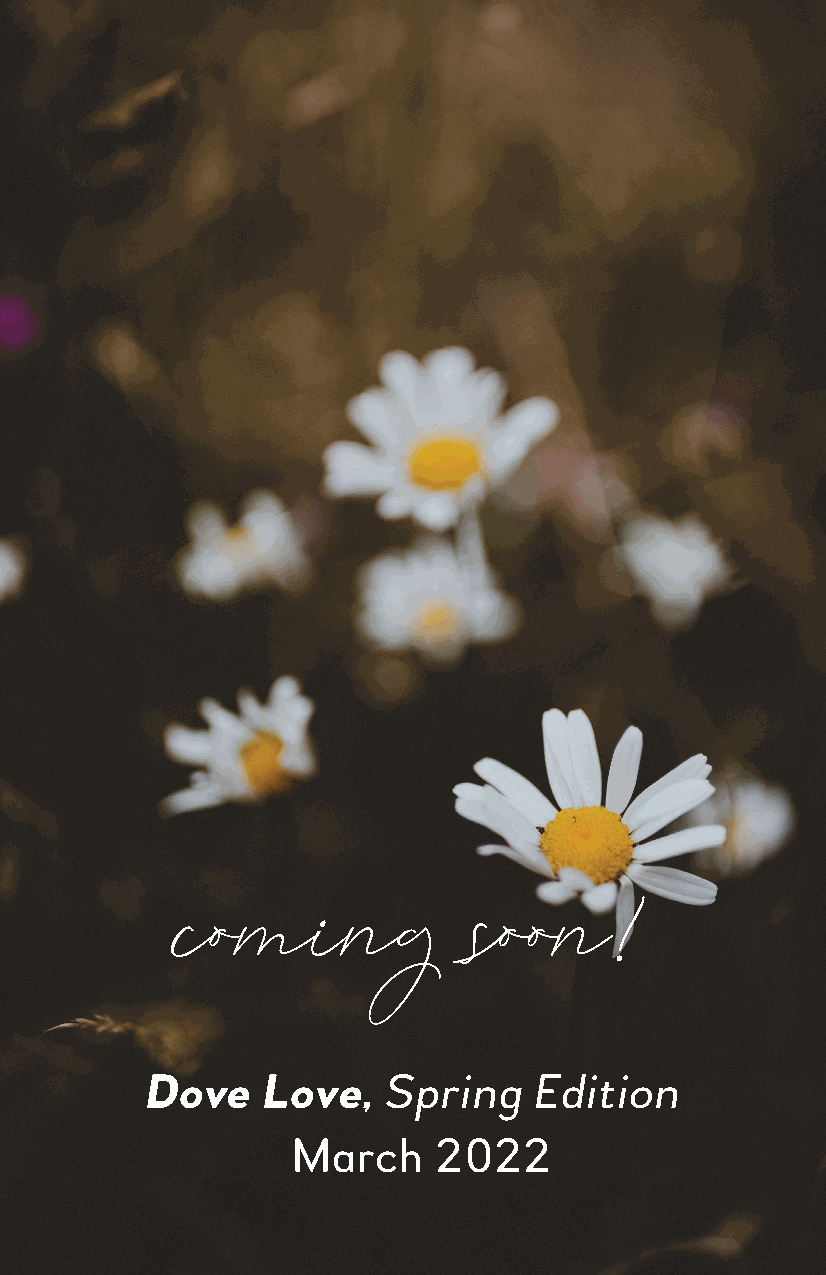
SISTERS HELPING SISTERS
 FALL LEADERSHIP GRANT
 coming             soon!
 Dove   Love,   Spring    Edition
 March     2022